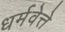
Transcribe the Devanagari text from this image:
धर्मवेत्ते